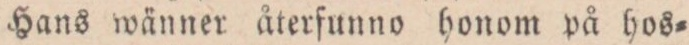
Hans wänner återfunno honom på hos=